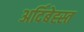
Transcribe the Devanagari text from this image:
अर्दिबेह्स्त